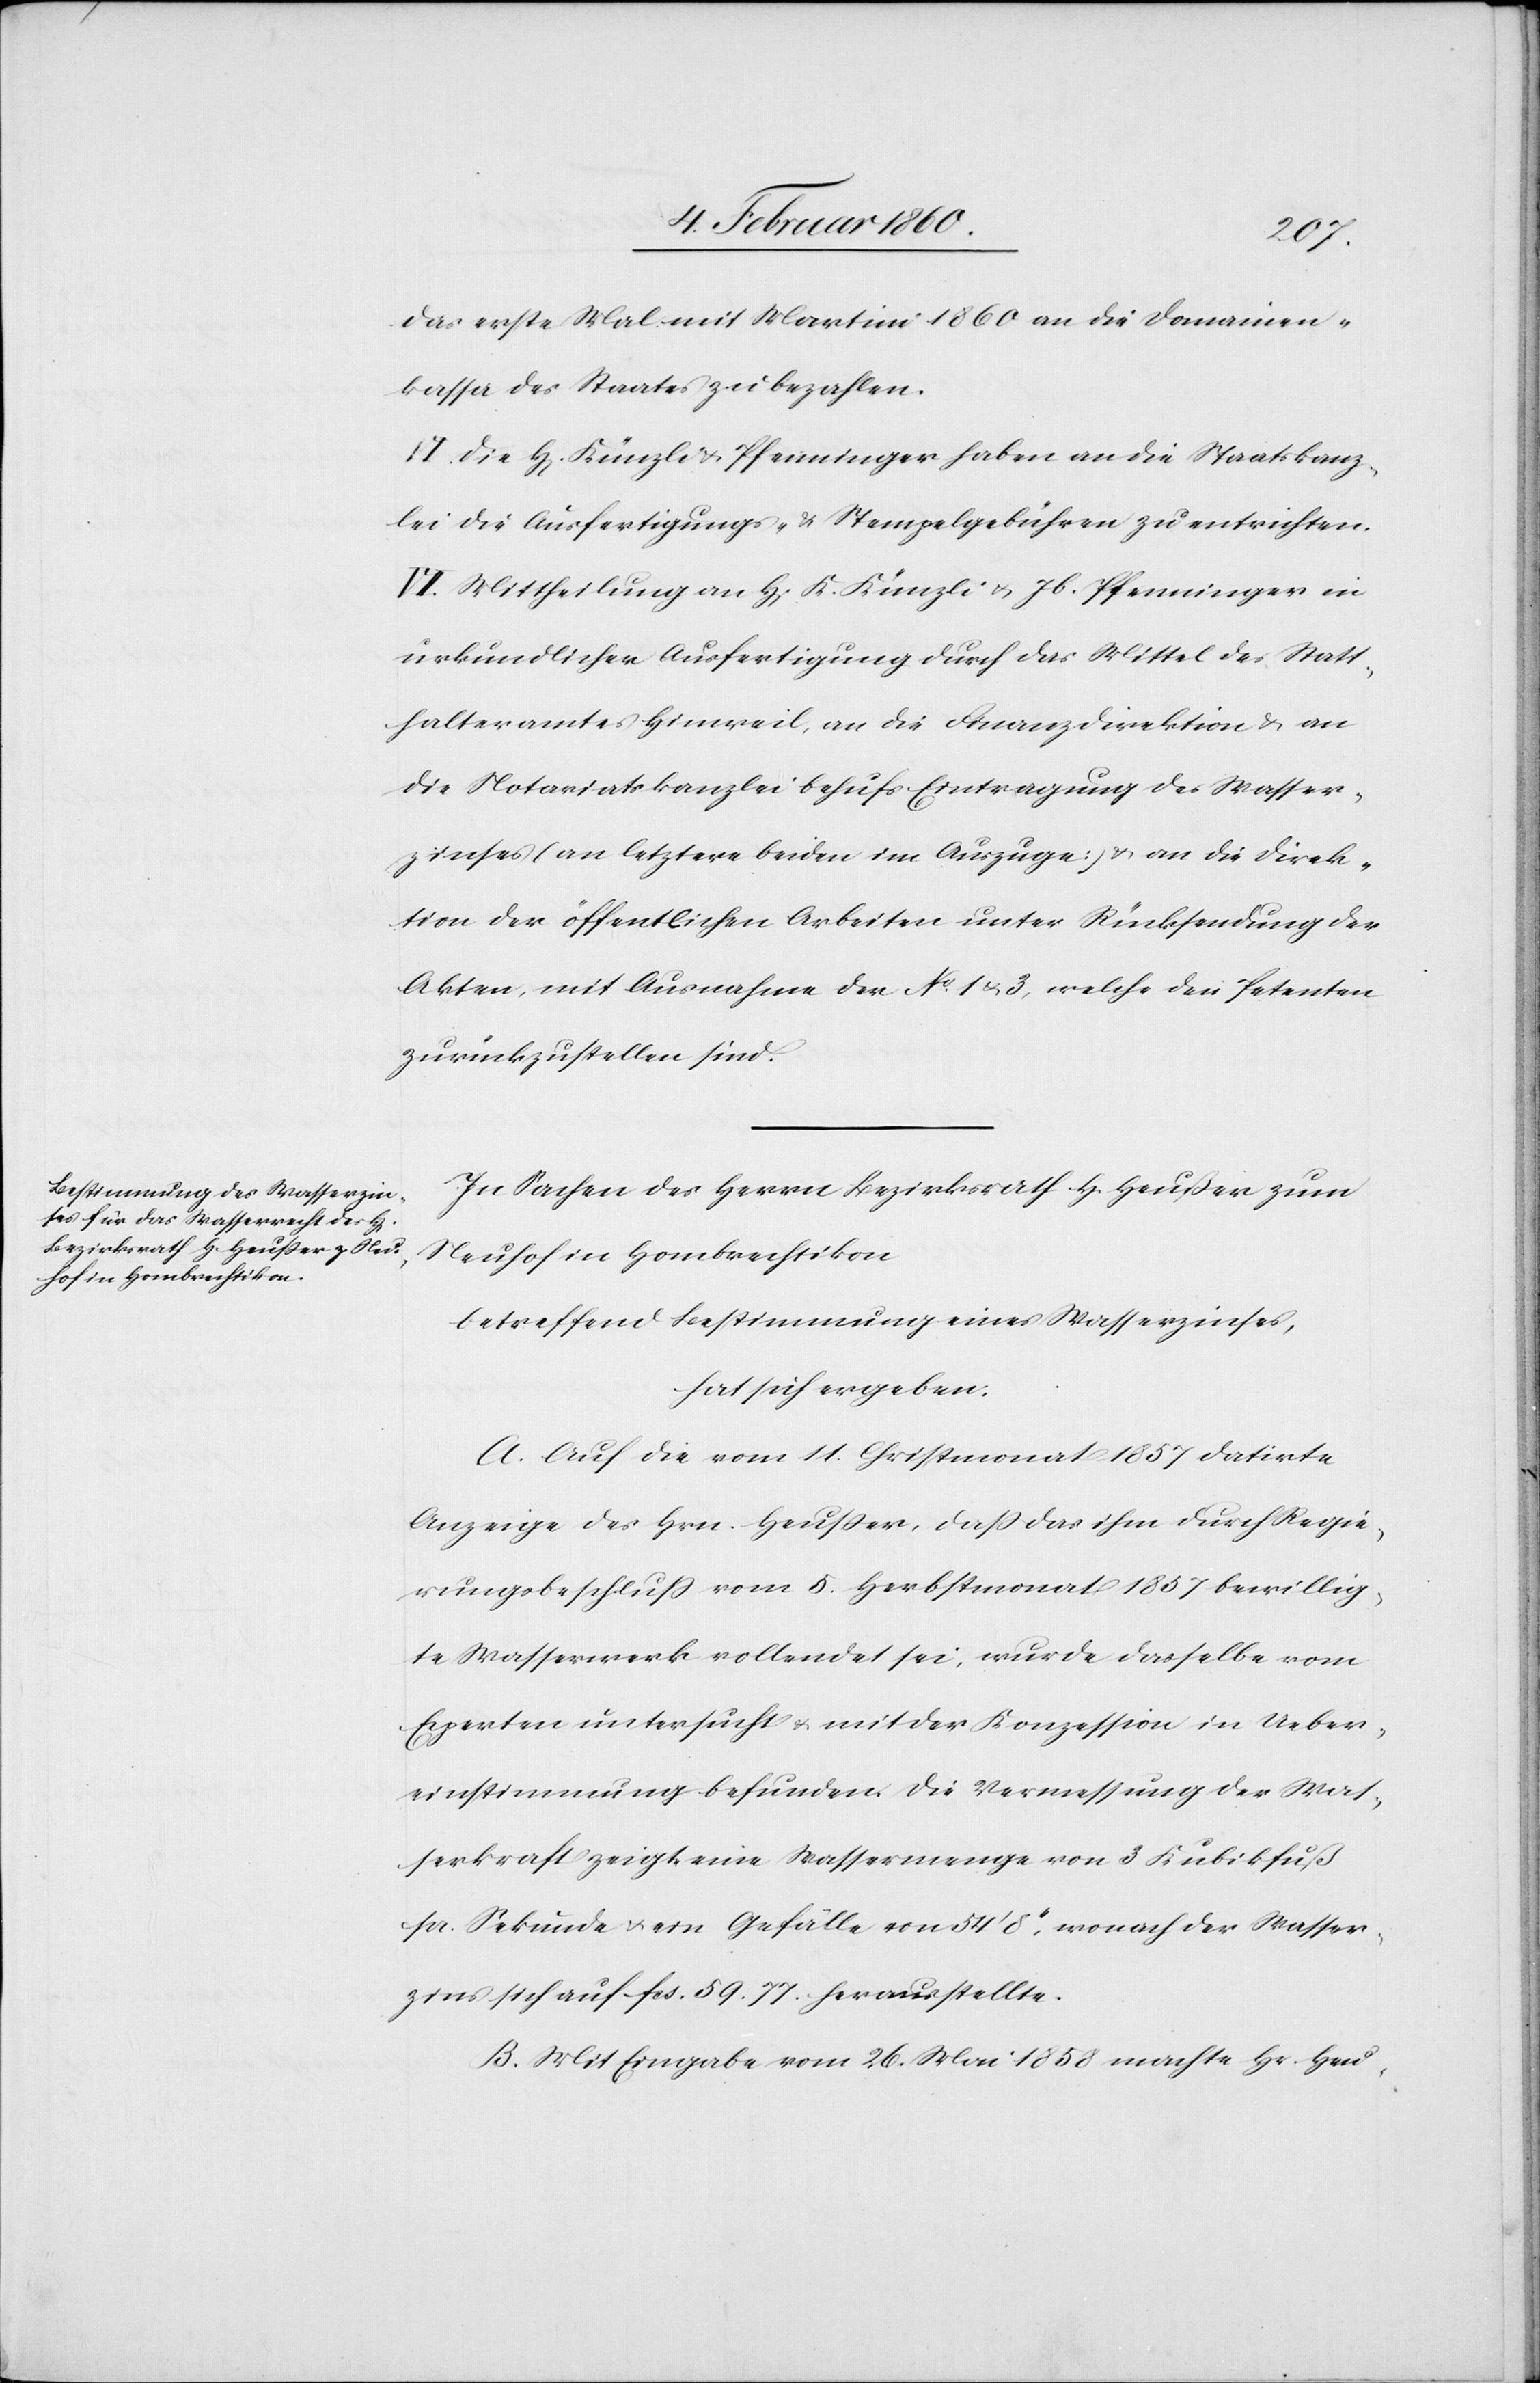
das erste Mal mit Martini 1860 an die Domainen¬
kassa des Staates zu bezahlen.
V. Die H[erren] Künzli u. Pfenninger haben an die Staatskanz¬
lei die Ausfertigungs- u. Stempelgebühren zu entrichten.
VI. Mittheilung an H[erren] K. Künzli u. Jb. Pfenninger in
urkundlicher Ausfertigung durch das Mittel des Statt¬
halteramtes Hinweil, an die Finanzdirektion u. an
die Notariatskanzlei behufs Eintragung des Wasser¬
zinses (an letztere beiden im Auszuge) u. an die Direk¬
tion der öffentlichen Arbeiten unter Rücksendung der
Akten, mit Ausnahme der No 1 u. 3, welche den Petenten
zurückzustellen sind.
In Sachen des Herrn Bezirksrath H. Heußer zum
Neuhof in Hombrechtikon
betreffend Bestimmung eines Wasserzinses,
hat sich ergeben:
A. Auf die vom 11. Christmonat 1857 datirte
Anzeige des Hrn. Heusser, dass das ihm durch Regie¬
rungsbeschluß vom 5. Herbstmonat 1857 bewillig¬
te Wasserwerk vollendet sei, wurde dasselbe vom
Experten untersucht u, mit der Konzession in Ueber¬
einstimmung befunden. Die Vermessung der Was¬
serkraft zeigt eine Wassermenge von 3 Kubikfuß
pr. Sekunde u. ein Gefälle von 54’ 8’’, wonach der Wasser¬
zins sich auf fcs. 55. 77. herausstellte.
B. Mit Eingabe vom 26. Mai 1858 machte Hr. Heu-